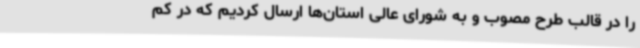
را در قالب طرح مصوب و به شورای عالی استان‌ها ارسال کردیم که در کم